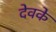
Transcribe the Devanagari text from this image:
देवके